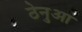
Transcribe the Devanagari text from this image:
ठेनुआ